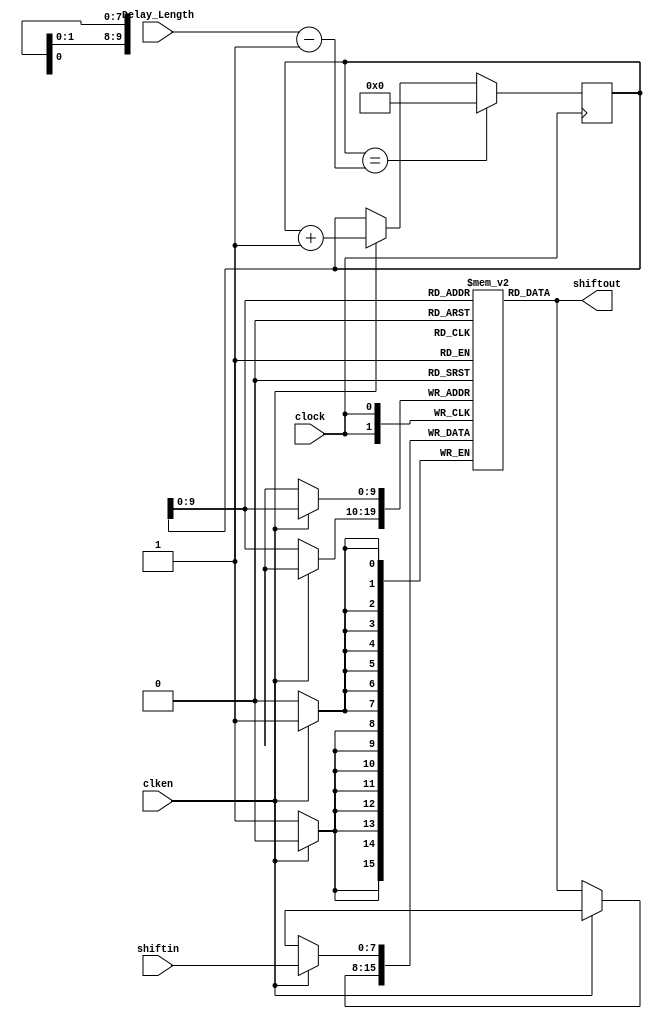
`timescale 1 ns / 1 ns

module RAMshift_taps #(
	parameter TOTAL_RAM_Length = 640,
	parameter DATA_WIDTH = 8
) (
	input	  					  clken, 
	input	  					  clock,
	input	[31:0]                Delay_Length,
	input	[DATA_WIDTH - 1 : 0]  shiftin,
	output	[DATA_WIDTH - 1 : 0]  shiftout
);

reg  [31:0] RAM_CNT = 0;
reg	 [DATA_WIDTH - 1 : 0] ram_buf = 0;
reg	 [DATA_WIDTH - 1 : 0] shift_ram [TOTAL_RAM_Length - 1 : 0];

integer m;
initial begin
	for (m = 0; m<=TOTAL_RAM_Length; m=m+1) begin
		shift_ram[m] = 0;
	end    
end

always @(posedge clock) begin
    if (RAM_CNT == (Delay_Length - 1)) 
        RAM_CNT <= 0;
    else if (clken) 
        RAM_CNT <= RAM_CNT + 1;
	else
		RAM_CNT <= RAM_CNT;
end

always @(posedge clock) begin	
	if (clken) begin
		shift_ram[RAM_CNT] <= shiftin;
	end	
	else begin
		shift_ram[RAM_CNT] <= shift_ram[RAM_CNT];
	end
end

assign shiftout = shift_ram[RAM_CNT];

endmodule